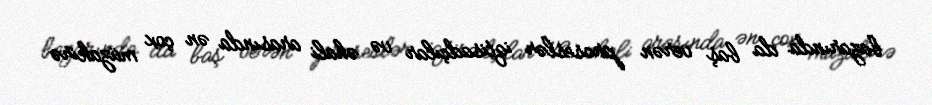
bazarında da baş verən proseslər iqtisadçılar və əhali arasında ən çox müzakirə